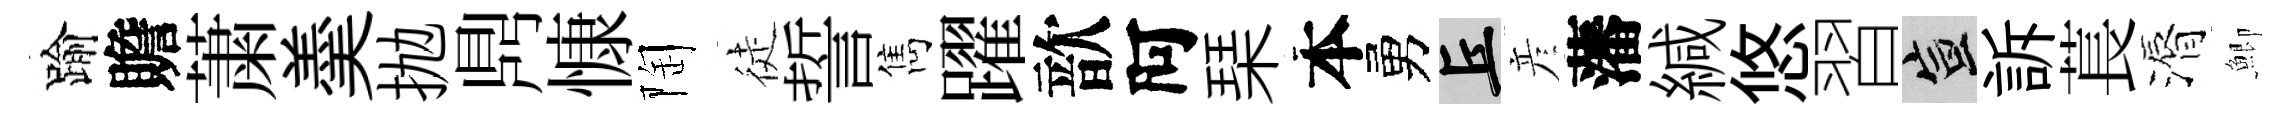
踰贍䔥羮抛𪔂慷陶徒誓雋躍歆阿琹本勇丘彦藩緘悠習宣訴萇漘鯽